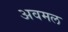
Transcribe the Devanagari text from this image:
अवमल